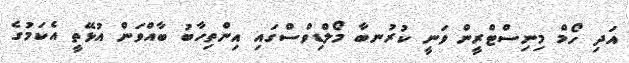
އަދި ހޯމް މިނިސްޓްރީން ވަނީ ކުރުނބާ މޯލްޑިވްސްގައި އިންތިހާބު ބާއްވަން އުޅޭތީ އެކަމުގެ